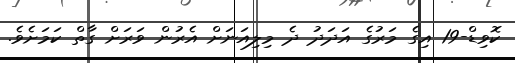
ކޮވިޑް-19 އިގެ މަރުގެ އަދަދު ދެ މިލިއަނަށް އެރުން ވަރަށް ގާތް ކަމަށެވެ.